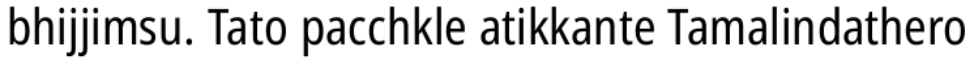
bhijjimsu. Tato pacchkle atikkante Tamalindathero